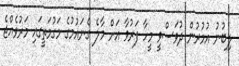
ލިބުނު އުމުރުން ދުވަސްވީ މީހާ ފަރުވާ އަށް މާލެ ގެނައުމުގެ މަގުމަތީގައި މަރުވެއްޖެ